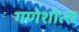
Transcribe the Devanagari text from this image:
गणेशोत्स